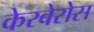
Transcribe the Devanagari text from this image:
केरबेरोस